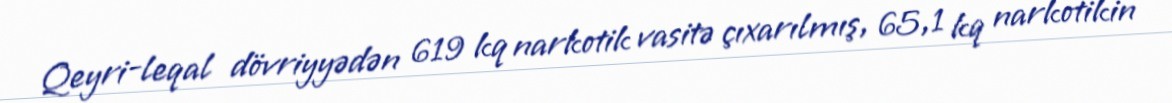
Qeyri-leqal dövriyyədən 619 kq narkotik vasitə çıxarılmış, 65,1 kq narkotikin